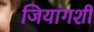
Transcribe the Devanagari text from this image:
जियांगशी